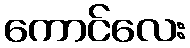
ကောင်လေး